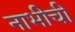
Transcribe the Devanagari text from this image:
नाभीची